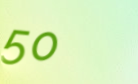
50%